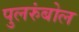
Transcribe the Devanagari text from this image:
पुलरुंबोल